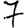
Digit: 7